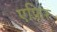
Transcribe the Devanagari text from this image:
एफ़िर